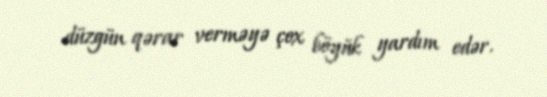
düzgün qərar verməyə çox böyük yardım edər.